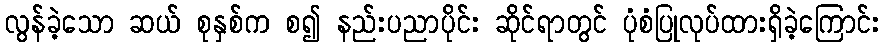
လွန်ခဲ့သော ဆယ် စုနှစ်က စ၍ နည်းပညာပိုင်း ဆိုင်ရာတွင် ပုံစံပြုလုပ်ထားရှိခဲ့ကြောင်း